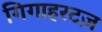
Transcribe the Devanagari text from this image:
गिगाहरटज़